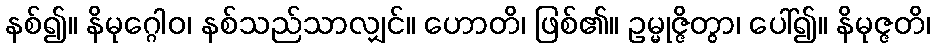
နစ်၍။ နိမုဂ္ဂေါဝ၊ နစ်သည်သာလျှင်။ ဟောတိ၊ ဖြစ်၏။ ဥမ္မုဇ္ဇိတွာ၊ ပေါ်၍။ နိမုဇ္ဇတိ၊